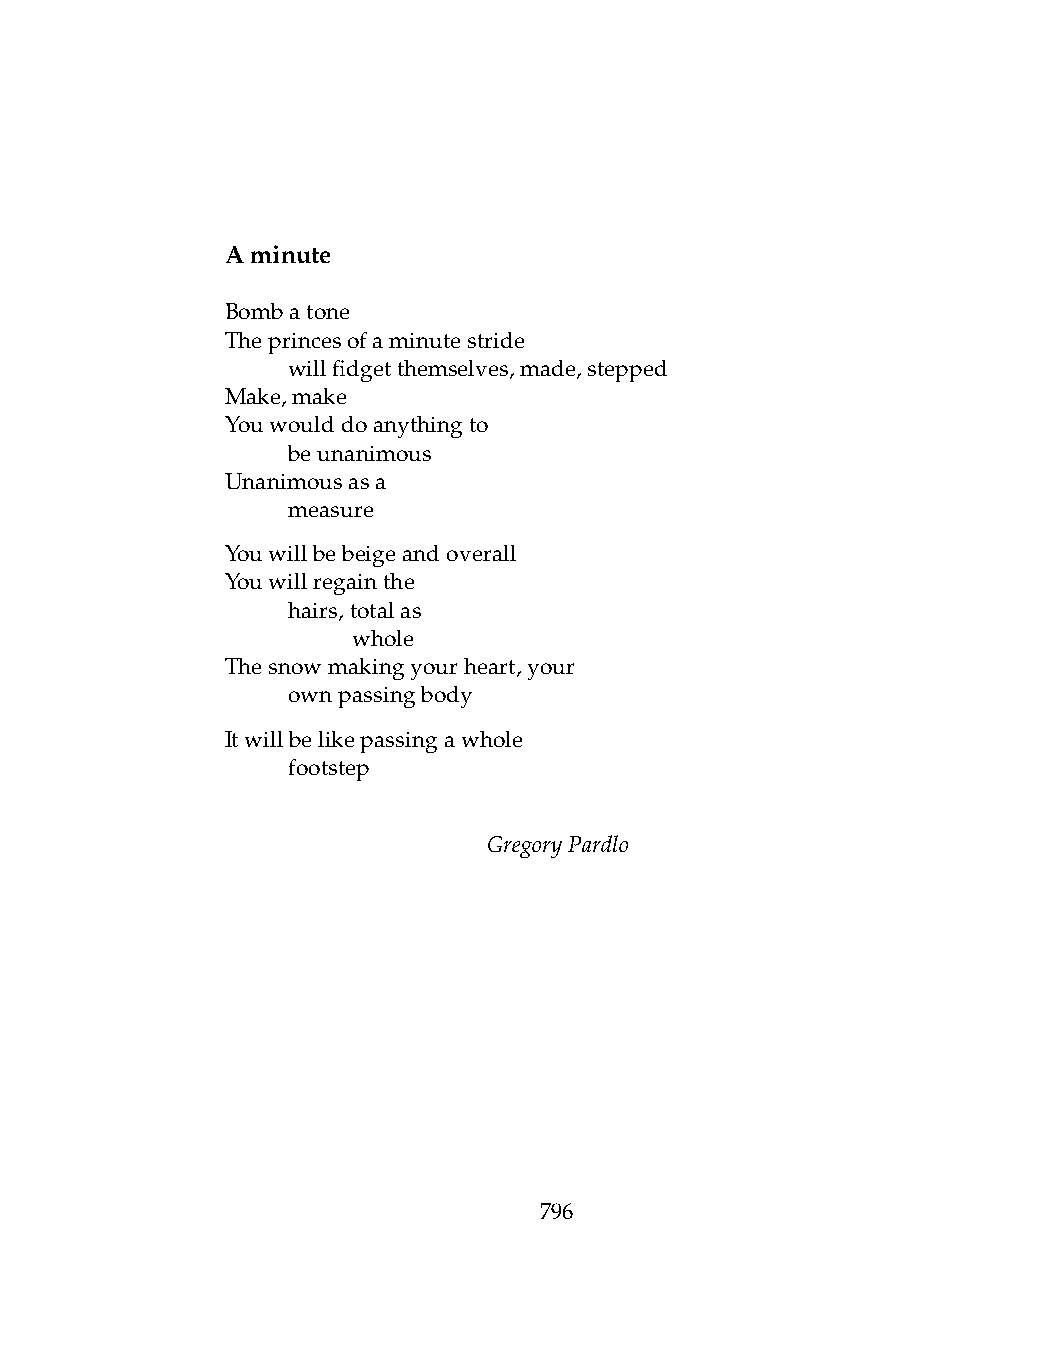
Aminute
 Bombatone
 Theprincesofaminutestride
 .   willfidgetthemselves,made,stepped
 Make,make
 Youwoulddoanythingto
 .   beunanimous
 Unanimousasa
 .   measure
 Youwillbebeigeandoverall
 Youwillregainthe
 .   hairs,totalas
 .   .   whole
 Thesnowmakingyourheart,your
 .   ownpassingbody
 Itwillbelikepassingawhole
 .   footstep
 GregoryPardlo
 796